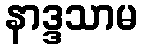
နာဒ္ဒသာမ